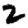
Digit: 2